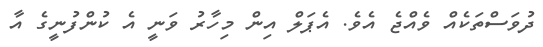
ދުވަސްތަކެއް ވެއްޖެ އެވެ. އެޕަލް އިން މިހާރު ވަނީ އެ ކުންފުނީގެ އާ